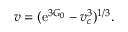
v = ( \mathrm { e } ^ { 3 G _ { 0 } } - v _ { c } ^ { 3 } ) ^ { 1 / 3 } .